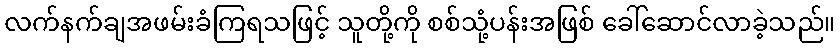
လက်နက်ချအဖမ်းခံကြရသဖြင့် သူတို့ကို စစ်သုံ့ပန်းအဖြစ် ခေါ်ဆောင်လာခဲ့သည်။